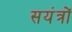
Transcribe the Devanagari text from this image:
सयंत्रों